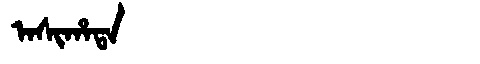
Manchu: ᠠᠰᡳᡥᠠᡨᠠ
Romanization: ASIHATA